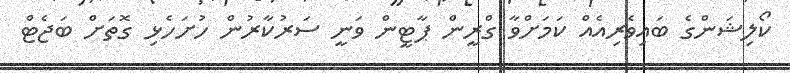
ކޯލިޝަންގެ ބައިވެރިއެއް ކަމަށްވާ ގްރީން ޕާޓީން ވަނީ ސަރުކާރުން ހުށަހެޅި ގޮތަށް ބަޖެޓް